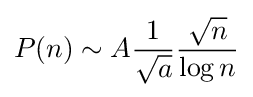
P(n)\sim A{\frac {1}{\sqrt {a}}}{\frac {\sqrt {n}}{\log n}}